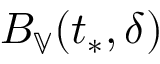
B _ { \mathbb { V } } ( t _ { * } , \delta )